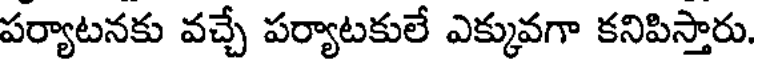
పర్యాటనకు వచ్చే పర్యాటకులే ఎక్కువగా కనిపిస్తారు.